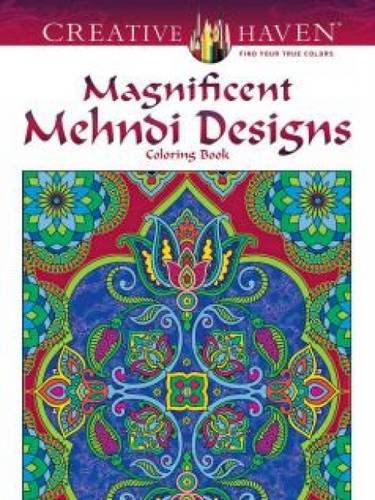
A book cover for Creative Haven Magnificent Mehndi Designs Coloring Book (Creative Haven Coloring Books); Marty Noble; Arts & Photography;